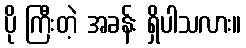
ပို ကြီးတဲ့ အခန်း ရှိပါသလား။